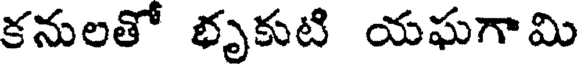
కనులతో భృకుటి యఘగామి